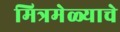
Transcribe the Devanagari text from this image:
मित्रमेळ्याचे